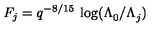
F _ { j } = q ^ { - 8 / 1 5 } \: \log ( \Lambda _ { 0 } ^ { } / \Lambda _ { j } ^ { } )